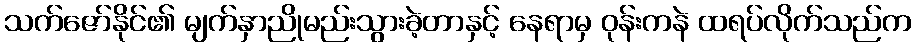
သက်ဇော်နိုင်၏ မျက်နှာညိုမည်းသွားခဲ့တာနှင့် နေရာမှ ဝုန်းကနဲ ထရပ်လိုက်သည်က